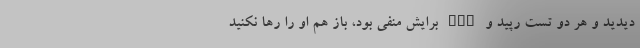
دیدید و هر دو تست رپید و PCR برایش منفی بود، باز هم او را رها نکنید